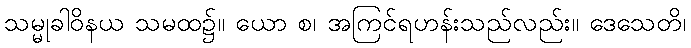
သမ္မုခါဝိနယ သမထ၌။ ယော စ၊ အကြင်ရဟန်းသည်လည်း။ ဒေသေတိ၊